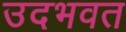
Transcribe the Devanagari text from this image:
उदभवत